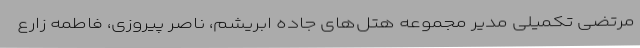
مرتضی تکمیلی مدیر مجموعه هتل‌های جاده ابریشم، ناصر پیروزی، فاطمه زارع